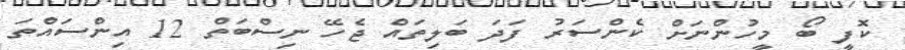
ކޮފީ ބޯ މީހުންނަށް ކެންސަރު ފަދަ ބަލިތައް ޖެހޭ ނިސްބަތް 12 އިންސައްތަ